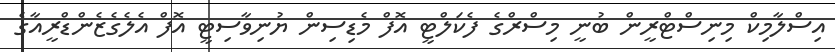
އިސްލާމިކް މިނިސްޓްރީން ބުނީ މިސްރްގެ ފެކަލްޓީ އޮފް މެޑިސިން ޔުނިވާސިޓީ އޮފް އެލެގެޒެންޑްރީއާގެ